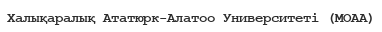
Халықаралық Ататюрк-Алатоо Университеті (MOAA)